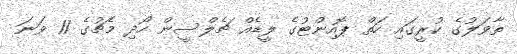
ތާވަލުގެ ކުރީގައި ހަތް ޕޮއިންޓުގެ ލީޑެއް ޗެލްސީން ހޯދި މެޗުގެ 11 ވަނަ